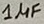
Text: 1µF